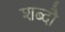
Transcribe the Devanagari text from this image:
शब्दौ